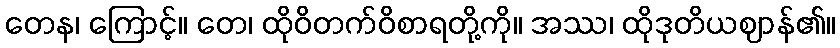
တေန၊ ကြောင့်။ တေ၊ ထိုဝိတက်ဝိစာရတို့ကို။ အဿ၊ ထိုဒုတိယဈာန်၏။